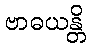
ဗာဓယန္တိ